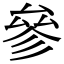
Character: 參